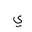
Letter: _ya